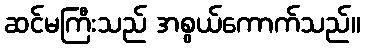
ဆင်မကြီးသည် အစွယ်ကောက်သည်။